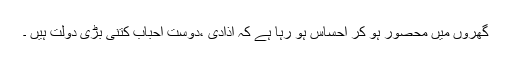
گھروں میں محصور ہو کر احساس ہو رہا ہے کہ ٓاذادی ،دوست احباب کتنی بڑی دولت ہیں ۔